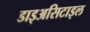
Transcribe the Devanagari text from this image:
डाइअसिटाइल